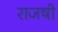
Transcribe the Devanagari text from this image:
राजषी